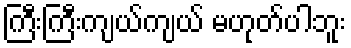
ကြီးကြီးကျယ်ကျယ် မဟုတ်ပါဘူး